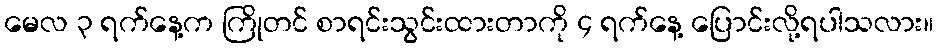
မေလ ၃ ရက်နေ့က ကြိုတင် စာရင်းသွင်းထားတာကို ၄ ရက်နေ့ ပြောင်းလို့ရပါသလား။